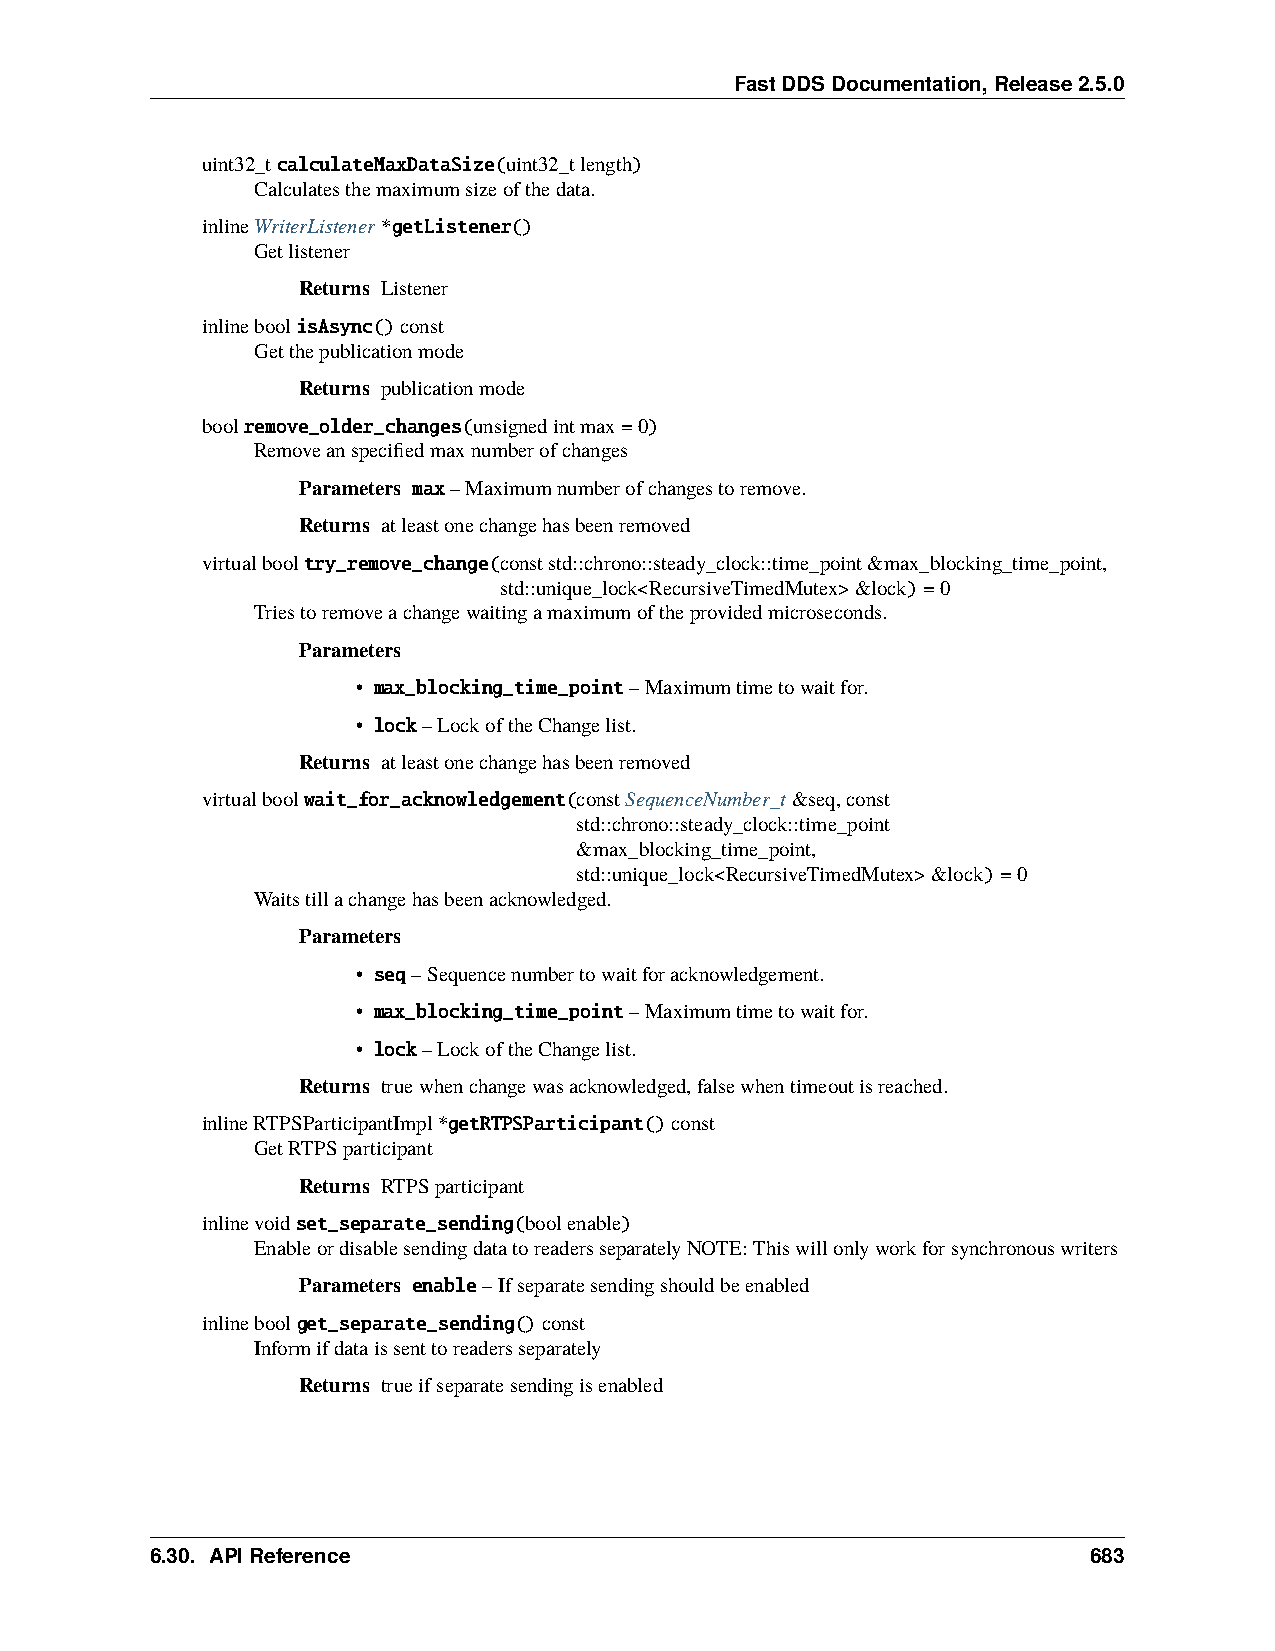
FastDDSDocumentation,Release2.5.0
 uint32_tcalculateMaxDataSize(uint32_tlength)
 Calculatesthemaximumsizeofthedata.
 inlineWriterListener*getListener()
 Getlistener
 Returns Listener
 inlineboolisAsync()const
 Getthepublicationmode
 Returns publicationmode
 boolremove_older_changes(unsignedintmax=0)
 Removeanspecifiedmaxnumberofchanges
 Parameters max–Maximumnumberofchangestoremove.
 Returns atleastonechangehasbeenremoved
 virtualbooltry_remove_change(conststd::chrono::steady_clock::time_point&max_blocking_time_point,
 std::unique_lock<RecursiveTimedMutex>&lock)=0
 Triestoremoveachangewaitingamaximumoftheprovidedmicroseconds.
 Parameters
 • max_blocking_time_point–Maximumtimetowaitfor.
 • lock–LockoftheChangelist.
 Returns atleastonechangehasbeenremoved
 virtualboolwait_for_acknowledgement(constSequenceNumber_t&seq,const
 std::chrono::steady_clock::time_point
 &max_blocking_time_point,
 std::unique_lock<RecursiveTimedMutex>&lock)=0
 Waitstillachangehasbeenacknowledged.
 Parameters
 • seq–Sequencenumbertowaitforacknowledgement.
 • max_blocking_time_point–Maximumtimetowaitfor.
 • lock–LockoftheChangelist.
 Returns truewhenchangewasacknowledged,falsewhentimeoutisreached.
 inlineRTPSParticipantImpl*getRTPSParticipant()const
 GetRTPSparticipant
 Returns RTPSparticipant
 inlinevoidset_separate_sending(boolenable)
 EnableordisablesendingdatatoreadersseparatelyNOTE:Thiswillonlyworkforsynchronouswriters
 Parameters enable–Ifseparatesendingshouldbeenabled
 inlineboolget_separate_sending()const
 Informifdataissenttoreadersseparately
 Returns trueifseparatesendingisenabled
 6.30. APIReference                                            683